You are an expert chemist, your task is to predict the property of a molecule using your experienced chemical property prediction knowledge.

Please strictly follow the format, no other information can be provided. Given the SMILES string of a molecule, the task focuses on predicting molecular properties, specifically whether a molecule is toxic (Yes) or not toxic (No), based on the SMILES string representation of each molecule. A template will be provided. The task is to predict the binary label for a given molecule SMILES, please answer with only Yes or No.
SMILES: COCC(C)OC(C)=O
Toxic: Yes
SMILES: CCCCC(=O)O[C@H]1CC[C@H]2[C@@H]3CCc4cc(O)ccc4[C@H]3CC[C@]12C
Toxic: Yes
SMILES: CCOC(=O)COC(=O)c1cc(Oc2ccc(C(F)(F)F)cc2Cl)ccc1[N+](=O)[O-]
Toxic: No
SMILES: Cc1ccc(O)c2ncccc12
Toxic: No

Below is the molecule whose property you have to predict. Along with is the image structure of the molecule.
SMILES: CCn1cc[n+](C)c1.N#CN=C=[N-]
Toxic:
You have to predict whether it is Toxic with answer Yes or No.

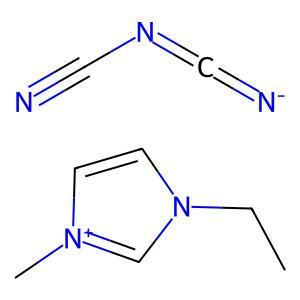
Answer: No